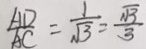
\frac { A D } { A C } = \frac { 1 } { \sqrt { 3 } } = \frac { \sqrt { 3 } } { 3 }